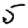
Digit: 5